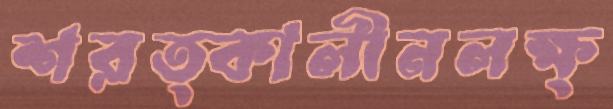
শরত্কালীনলক্ষ্